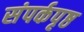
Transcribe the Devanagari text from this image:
संपर्कपृष्ठ